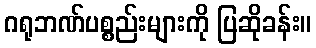
ဂရုဘဏ်ပစ္စည်းများကို ပြဆိုခန်း။